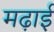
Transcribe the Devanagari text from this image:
मढ़ाई